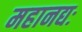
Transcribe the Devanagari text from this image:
महानद्यः